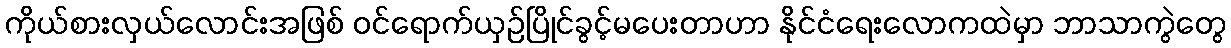
ကိုယ်စားလှယ်လောင်းအဖြစ် ဝင်ရောက်ယှဉ်ပြိုင်ခွင့်မပေးတာဟာ နိုင်ငံရေးလောကထဲမှာ ဘာသာကွဲတွေ